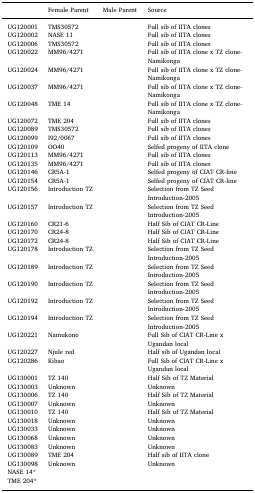
<table><thead><tr><td>[EMPTY_CELL]</td><td><b>Female Parent</b></td><td><b>Male Parent</b></td><td><b>Source</b></td></tr></thead><tbody><tr><td>UG120001</td><td>TMS30572</td><td>[EMPTY_CELL]</td><td>Full sib of IITA clones</td></tr><tr><td>UG120002</td><td>NASE 11</td><td>[EMPTY_CELL]</td><td>Full sib of IITA clones</td></tr><tr><td>UG120006</td><td>TMS30572</td><td>[EMPTY_CELL]</td><td>Full sib of IITA clones</td></tr><tr><td>UG120022</td><td>MM96/4271</td><td>[EMPTY_CELL]</td><td>Full sib of IITA clone x TZ clone-Namikonga</td></tr><tr><td>UG120024</td><td>MM96/4271</td><td>[EMPTY_CELL]</td><td>Full sib of IITA clone x TZ clone-Namikonga</td></tr><tr><td>UG120037</td><td>MM96/4271</td><td>[EMPTY_CELL]</td><td>Full sib of IITA clone x TZ clone-Namikonga</td></tr><tr><td>UG120048</td><td>TME 14</td><td>[EMPTY_CELL]</td><td>Full sib of IITA clone x TZ clone-Namikonga</td></tr><tr><td>UG120072</td><td>TME 204</td><td>[EMPTY_CELL]</td><td>Full sib of IITA clones</td></tr><tr><td>UG120089</td><td>TMS30572</td><td>[EMPTY_CELL]</td><td>Full sib of IITA clones</td></tr><tr><td>UG120099</td><td>I92/0067</td><td>[EMPTY_CELL]</td><td>Full sib of IITA clones</td></tr><tr><td>UG120109</td><td>OO40</td><td>[EMPTY_CELL]</td><td>Selfed progeny of IITA clone</td></tr><tr><td>UG120113</td><td>MM96/4271</td><td>[EMPTY_CELL]</td><td>Full sib of IITA clones</td></tr><tr><td>UG120135</td><td>MM96/4271</td><td>[EMPTY_CELL]</td><td>Full sib of IITA clones</td></tr><tr><td>UG120146</td><td>CR5A-1</td><td>[EMPTY_CELL]</td><td>Selfed progeny of CIAT CR-line</td></tr><tr><td>UG120154</td><td>CR5A-1</td><td>[EMPTY_CELL]</td><td>Selfed progeny of CIAT CR-line</td></tr><tr><td>UG120156</td><td>Introduction TZ</td><td>[EMPTY_CELL]</td><td>Selection from TZ Seed Introduction-2005</td></tr><tr><td>UG120157</td><td>Introduction TZ</td><td>[EMPTY_CELL]</td><td>Selection from TZ Seed Introduction-2005</td></tr><tr><td>UG120160</td><td>CR21-6</td><td>[EMPTY_CELL]</td><td>Half Sib of CIAT CR-Line</td></tr><tr><td>UG120170</td><td>CR24-8</td><td>[EMPTY_CELL]</td><td>Half Sib of CIAT CR-Line</td></tr><tr><td>UG120172</td><td>CR24-8</td><td>[EMPTY_CELL]</td><td>Half Sib of CIAT CR-Line</td></tr><tr><td>UG120178</td><td>Introduction TZ</td><td>[EMPTY_CELL]</td><td>Selection from TZ Seed Introduction-2005</td></tr><tr><td>UG120189</td><td>Introduction TZ</td><td>[EMPTY_CELL]</td><td>Selection from TZ Seed Introduction-2005</td></tr><tr><td>UG120190</td><td>Introduction TZ</td><td>[EMPTY_CELL]</td><td>Selection from TZ Seed Introduction-2005</td></tr><tr><td>UG120192</td><td>Introduction TZ</td><td>[EMPTY_CELL]</td><td>Selection from TZ Seed Introduction-2005</td></tr><tr><td>UG120194</td><td>Introduction TZ</td><td>[EMPTY_CELL]</td><td>Selection from TZ Seed Introduction-2005</td></tr><tr><td>UG120221</td><td>Namukono</td><td>[EMPTY_CELL]</td><td>Full Sib of CIAT CR-Line x Ugandan local</td></tr><tr><td>UG120227</td><td>Njule red</td><td>[EMPTY_CELL]</td><td>Half sib of Ugandan local</td></tr><tr><td>UG120286</td><td>Kibao</td><td>[EMPTY_CELL]</td><td>Full Sib of CIAT CR-Line x Ugandan local</td></tr><tr><td>UG130001</td><td>TZ 140</td><td>[EMPTY_CELL]</td><td>Half Sib of TZ Material</td></tr><tr><td>UG130003</td><td>Unknown</td><td>[EMPTY_CELL]</td><td>Unknown</td></tr><tr><td>UG130006</td><td>TZ 140</td><td>[EMPTY_CELL]</td><td>Half Sib of TZ Material</td></tr><tr><td>UG130007</td><td>Unknown</td><td>[EMPTY_CELL]</td><td>Unknown</td></tr><tr><td>UG130010</td><td>TZ 140</td><td>[EMPTY_CELL]</td><td>Half Sib of TZ Material</td></tr><tr><td>UG130018</td><td>Unknown</td><td>[EMPTY_CELL]</td><td>Unknown</td></tr><tr><td>UG130033</td><td>Unknown</td><td>[EMPTY_CELL]</td><td>Unknown</td></tr><tr><td>UG130068</td><td>Unknown</td><td>[EMPTY_CELL]</td><td>Unknown</td></tr><tr><td>UG130083</td><td>Unknown</td><td>[EMPTY_CELL]</td><td>Unknown</td></tr><tr><td>UG130089</td><td>TME 204</td><td>[EMPTY_CELL]</td><td>Half sib of IITA clone</td></tr><tr><td>UG130098</td><td>Unknown</td><td>[EMPTY_CELL]</td><td>Unknown</td></tr><tr><td colspan="4">NASE 14*</td></tr><tr><td colspan="4">TME 204*</td></tr></tbody></table>